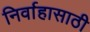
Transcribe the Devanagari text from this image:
निर्वाहासाठी